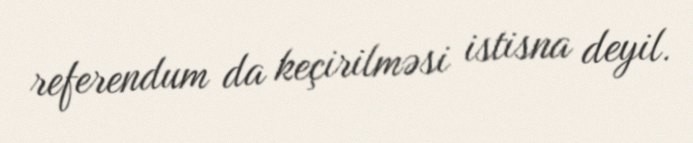
referendum da keçirilməsi istisna deyil.